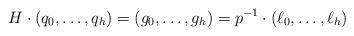
LaTeX: \begin{align*} H\cdot (q_0,\ldots,q_h) = (g_0,\ldots,g_h) = p^{-1}\cdot (\ell_0,\ldots,\ell_h) \end{align*}